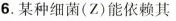
6.某种细菌(Z)能依赖其